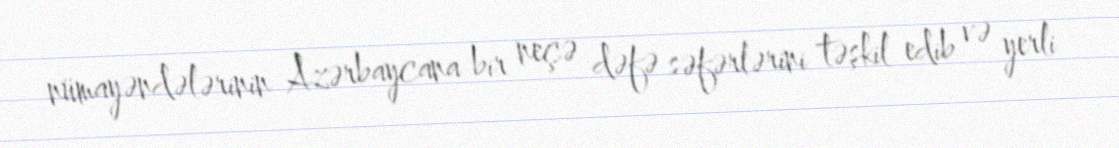
nümayəndələrinin Azərbaycana bir neçə dəfə səfərlərini təşkil edib və yerli